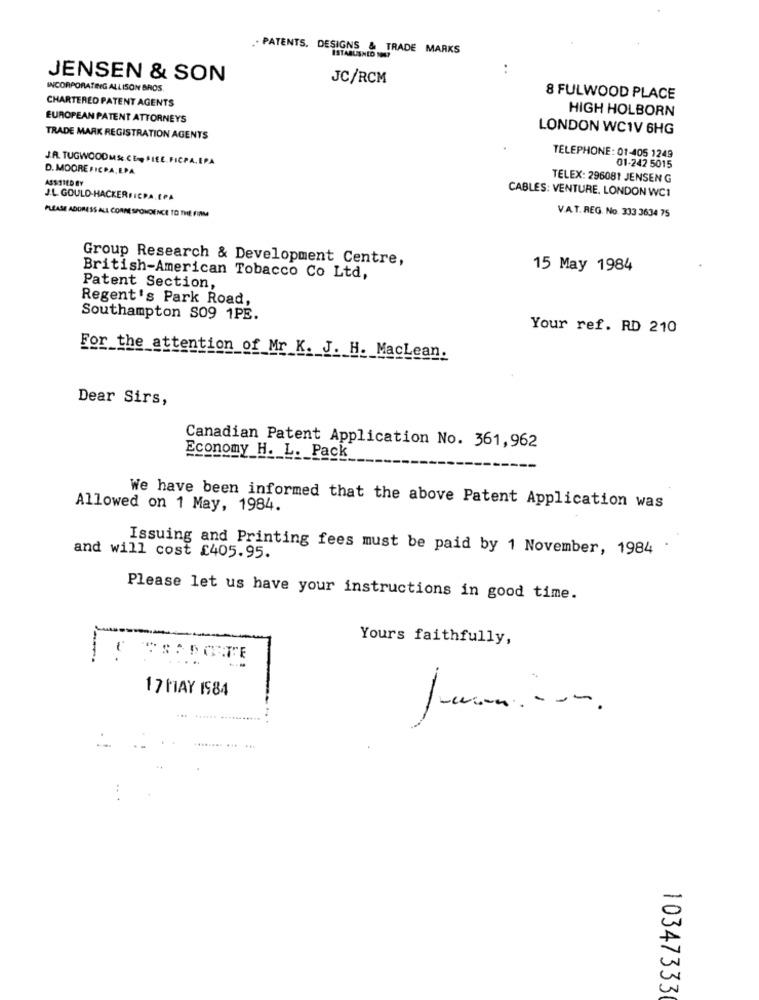
.. PATENTS. DESIGNS & TRADE MARKS
ESTABLISHED 1967
JENSEN & SON
JC/RCM
INCORPORATING ALLISON BROS.
CHARTERED PATENT AGENTS
8 FULWOOD PLACE
HIGH HOLBORN
EUROPEAN PATENT ATTORNEYS
LONDON WC1V 6HG
TRADE MARK REGISTRATION AGENTS
TELEPHONE: 01-405 1249
J.A. TUGWOODMS CE FLEE.FICPA. EPA
D. MOORE FICPA, EPA.
01-242 5015
TELEX: 296081 JENSEN G
ASSSTED BY
J.L. GOULD-HACKERFICPA.EPA
CABLES: VENTURE, LONDON WC1
PLEASE ADDRESS ALL CORRESPONDENCE TO THE FIRM
V.A.T. REG. No. 333 3634 75
Group Research & Development Centre,
15 May 1984
British-American Tobacco Co Ltd,
Patent Section,
Regent's Park Road,
Southampton S09 1PE.
Your ref. RD 210
For the attention of Mr K. J. H. MacLean.
Dear Sirs,
Canadian Patent Application No. 361,962
Economy H. L. Pack
Allowed on 1 May, 1984.
We have been informed that the above Patent Application was
Issuing and Printing fees must be paid by 1 November, 1984
and will cost £405.95.
Please let us have your instructions in good time.
Yours faithfully,
17 MAY IS84
-
10347333